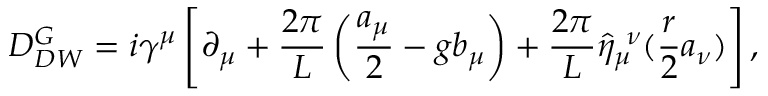
{ \cal D } _ { D W } ^ { G } = i \gamma ^ { \mu } \left[ \partial _ { \mu } + \frac { 2 \pi } { L } \left( \frac { a _ { \mu } } { 2 } - g b _ { \mu } \right) + \frac { 2 \pi } { L } \hat { \eta } _ { \mu } ^ { ~ \nu } ( \frac { r } { 2 } a _ { \nu } ) \right] ,